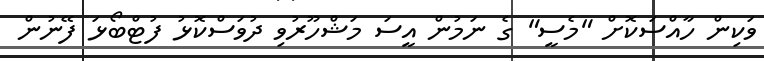
ވަކިން ހާއްސަކޮށް "މެސީ" ގެ ނަމުން އީސަ މަޝްހޫރުވި ދުވަސްކޮޅު ފުޓްބޯޅަ ފޭނުން